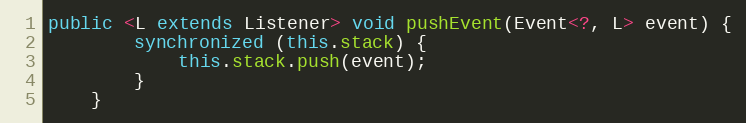
Language: Java
public <L extends Listener> void pushEvent(Event<?, L> event) {
        synchronized (this.stack) {
            this.stack.push(event);
        }
    }